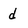
Character: d